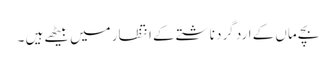
بچے ماں کے ارد گرد ناشتے کے انتظار میں بیٹھے ہیں ۔